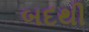
બદથી